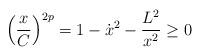
LaTeX: \begin{align*}\left(\frac{x}{C}\right)^{2p}=1-\dot x^{2}-\frac{L^{2}}{x^{2}}\geq 0\end{align*}